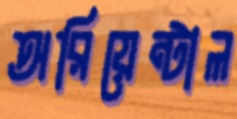
অরিয়েন্টাল